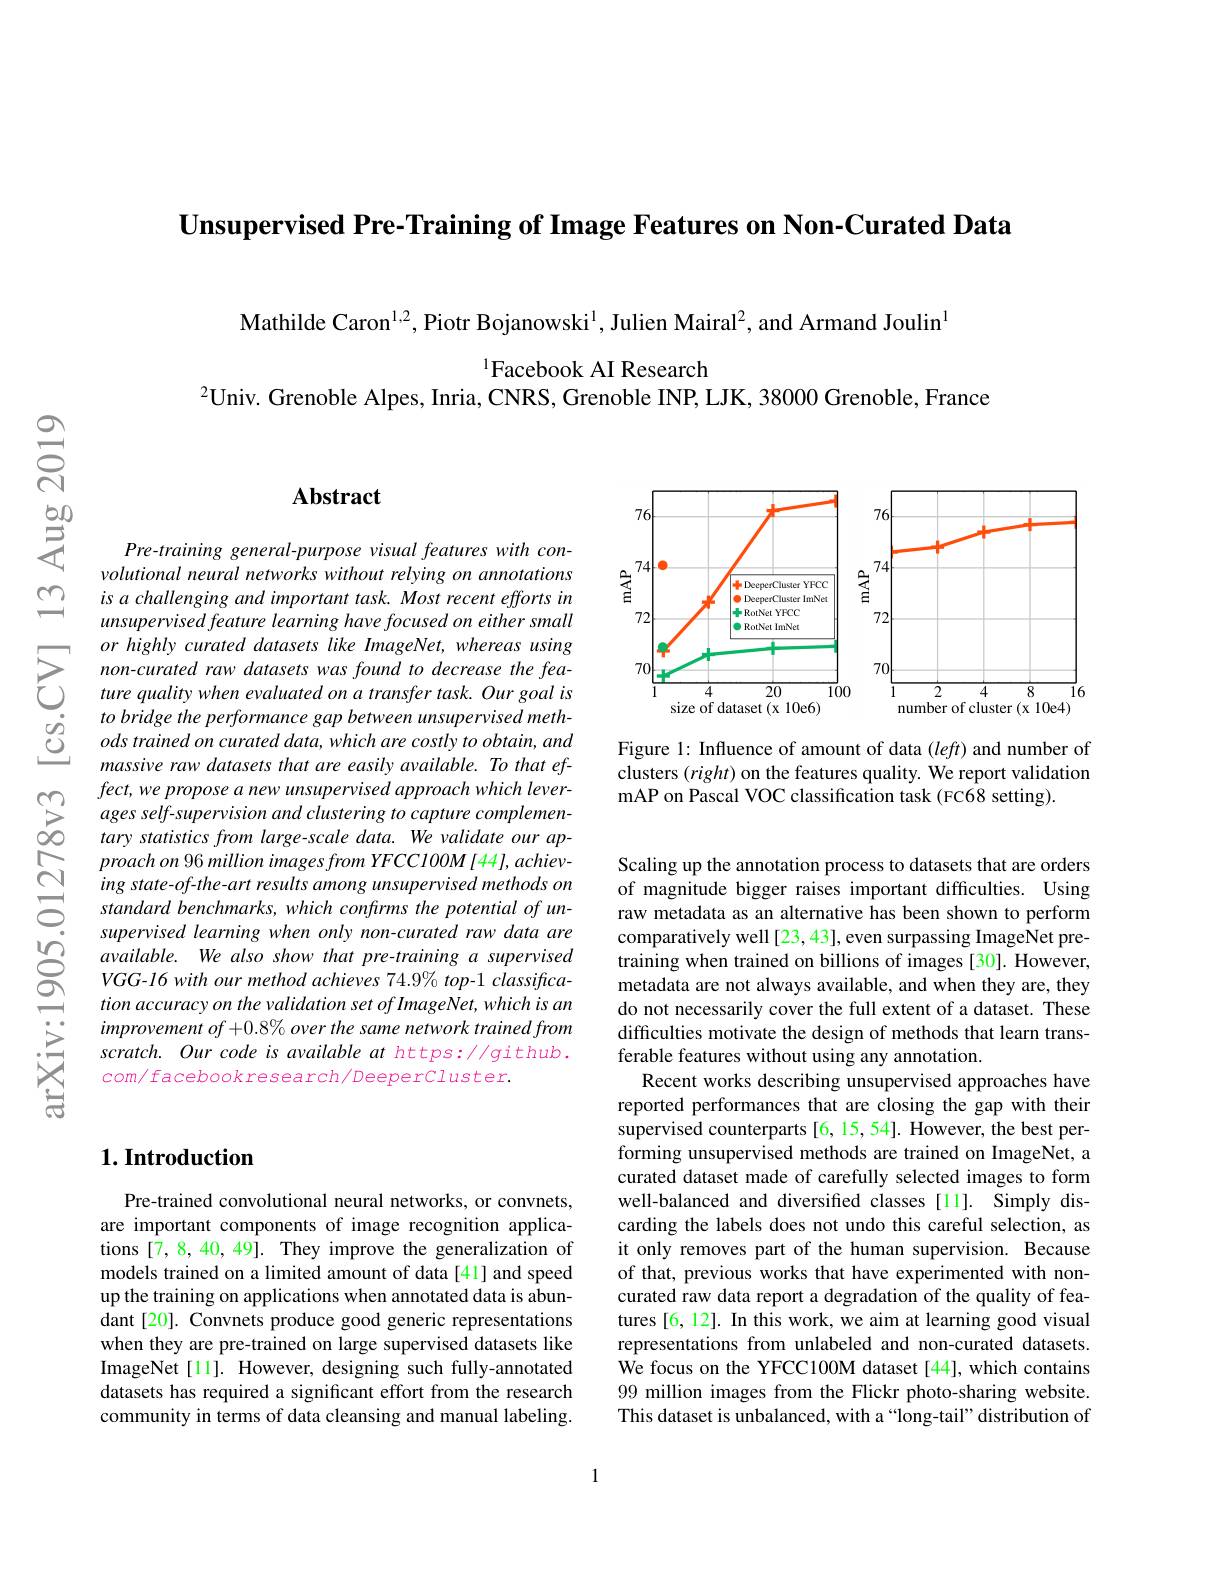
Unsupervised Pre-Training of Image Features on Non-Curated Data

$\mathrm{Mathilde~Caron}^{1,2}$, Piotr Bojanowski$^1$, Julien Mairal$^2$,and Armand Joulin$^1$

$^{1}$Facebook AI Research
$^{2}$Univ. Grenoble Alpes, Inria, CNRS, Grenoble INP, LJK, 38000 Grenoble, France

## Abstract

Pre-training general-purpose visual features with convolutional neural networks without relying on annotations is a challenging and important task. Most recent efforts in unsupervised feature learning have focused on either small or highly curated datasets like ImageNet, whereas using non-curated raw datasets was found to decrease the feature quality when evaluated on a transfer task. Our goal is to bridge the performance gap between unsupervised methods trained on curated data, which are costly to obtain, and massive raw datasets that are easily available. To that ef-
$\sum _{\infty }^{\infty }$ $fect, we$ propose $a$ new unsupervised approach which $lever- \sum _{\infty }^{\infty }$ ages $self- supervision$ and clustering $to$ capture $complemen- \infty$ tary statistics from $large- scale$ $data.$ $We$ validate our $ap-$
$proachon96millionimagesfromYFCC100M[44],achiev-$ ing state-of-the-art results among unsupervised methods on standard benchmarks, which confrms the potential of unsupervised learning when only non-curated raw data are available. We also show that pre-training a supervised VGG-16 with our method achieves 74.9% top-1 classification accuracy on the validation set of ImageNet, which is an $improvementof+0.8\%overthesamenetworktrainedfrom$ scratch. Our code is available at https://github. $com/facebookresearch/DeeperCluster.$

<FigureHere>

Figure 1: Influence of amount of data $(left)$ and number of clusters $(right)$ on the features quality. We report validation mAP on Pascal VOC classification task (FC68 setting).

Scaling up the annotation process to datasets that are orders of magnitude bigger raises important difficulties. Using raw metadata as an alternative has been shown to perform comparatively well [23,43],even surpassing ImageNet pretraining when trained on billions of images [30]. However, metadata are not always available, and when they are, they do not necessarily cover the full extent of a dataset. These difficulties motivate the design of methods that learn transferable features without using any annotation.
Recent works describing unsupervised approaches have reported performances that are closing the gap with their supervised counterparts [6,15,54]. However, the best performing unsupervised methods are trained on ImageNet, a curated dataset made of carefully selected images to form well-balanced and diversified classes [11]. Simply discarding the labels does not undo this careful selection, as it only removes part of the human supervision. Because of that, previous works that have experimented with noncurated raw data report a degradation of the quality of features [6,12]. In this work, we aim at learning good visual representations from unlabeled and non-curated datasets. We focus on the YFCC100M dataset [44], which contains 99 million images from the Flickr photo-sharing website. This dataset is unbalanced, with a“long-tail” distribution of

## $1. \textbf{Introduction}$

Pre-trained convolutional neural networks, or convnets, are important components of image recognition applications [7,8,40,49]. They improve the generalization of models trained on a limited amount of data [41] and speed up the training on applications when annotated data is abundant [20]. Convnets produce good generic representations when they are pre-trained on large supervised datasets like ImageNet[11]. However, designing such fully-annotated datasets has required a significant effort from the research community in terms of data cleansing and manual labeling.

1